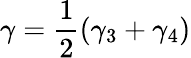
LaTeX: \gamma=\frac{1}{2}\left(\gamma_{3}+\gamma_{4}\right)